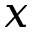
x